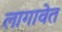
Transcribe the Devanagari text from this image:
लागावेत